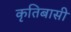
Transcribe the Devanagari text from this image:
कृतिबासी